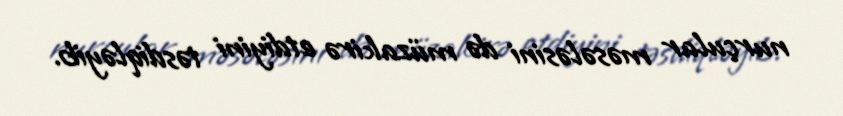
nurçular məsələsini də müzakirə etdiyini təsdiqləyib.